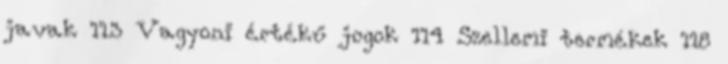
javak 113 Vagyoni értékű jogok 114 Szellemi termékek 118